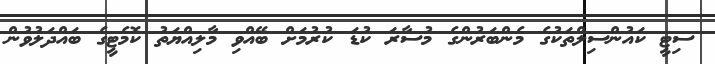
ސިޓީ ކައުންސިލްތަކުގެ މެންބަރުންގެ މުސާރަ ކުޑަ ކުރުމަށް ބޭއްވި މާލިއްޔަތު ކޮމެޓީގެ ބައްދަލުވުން